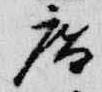
庵